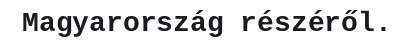
Magyarország részéről.